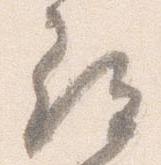
尋